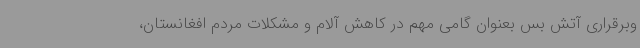
وبرقراری آتش بس بعنوان گامی مهم در کاهش آلام و مشکلات مردم افغانستان،